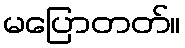
မပြောတတ်။